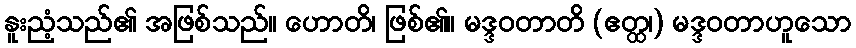
နူးညံ့သည်၏ အဖြစ်သည်။ ဟောတိ၊ ဖြစ်၏။ မဒ္ဒဝတာတိ (ဧတ္ထ၊) မဒ္ဒဝတာဟူသော